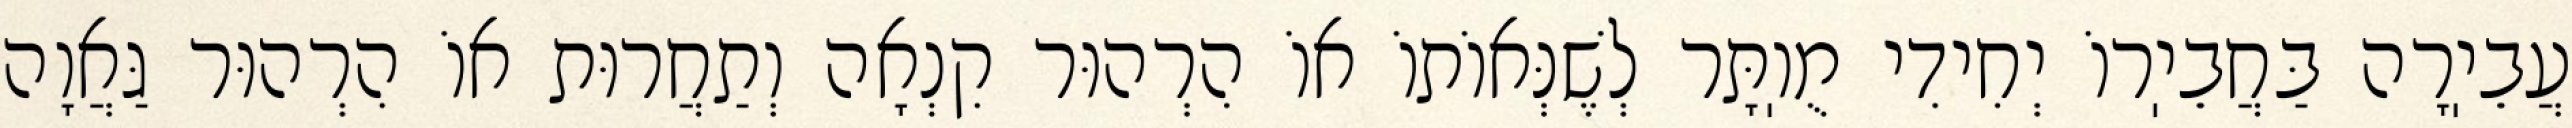
עֲבֵיֽרָה בַּחֲבֵיֽרוֹ יְחִידִי מֻוֽתָּר לְשֶׁנְּאוֹתוֹ אוֹ הִרְהוּר קִנְאָה וְתַחֲרוּת אוֹ הִרְהוּר גַּאֲוָה